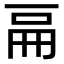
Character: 𠀷